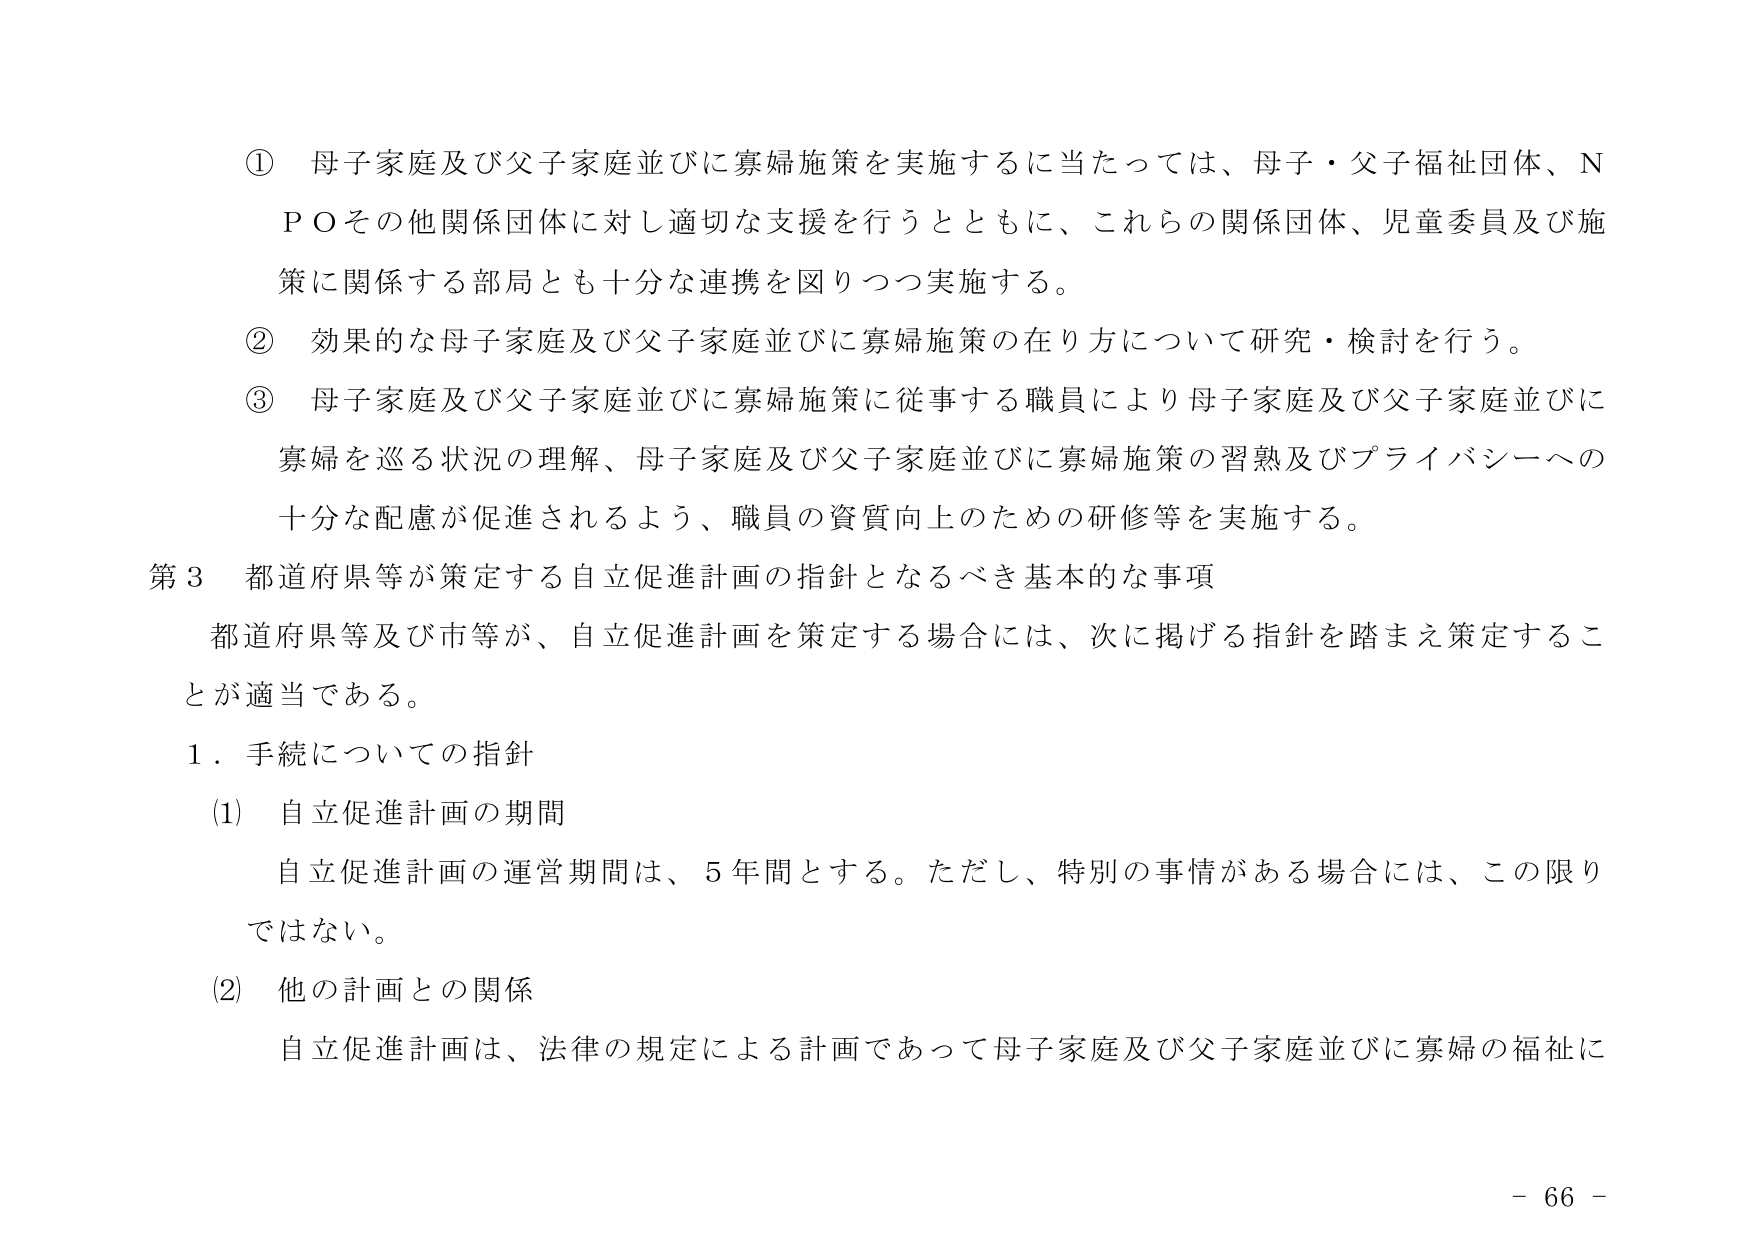
① 母子家庭及び父子家庭並びに寡婦施策を実施するに当たっては、母子・父子福祉団体、ＮＰＯその他関係団体に対し適切な支援を行うとともに、これらの関係団体、児童委員及び施策に関係する部局とも十分な連携を図りつつ実施する。

② 効果的な母子家庭及び父子家庭並びに寡婦施策の在り方について研究・検討を行う。

③ 母子家庭及び父子家庭並びに寡婦施策に従事する職員により母子家庭及び父子家庭並びに寡婦を巡る状況の理解、母子家庭及び父子家庭並びに寡婦施策の習熟及びプライバシーへの十分な配慮が促進されるよう、職員の資質向上のための研修等を実施する。

第3 都道府県等が策定する自立促進計画の指針となるべき基本的な事項

都道府県等及び市等が、自立促進計画を策定する場合には、次に掲げる指針を踏まえ策定することが適当である。

1．手続についての指針

(1) 自立促進計画の期間

自立促進計画の運営期間は、5年間とする。ただし、特別の事情がある場合には、この限りではない。

(2) 他の計画との関係

自立促進計画は、法律の規定による計画であって母子家庭及び父子家庭並びに寡婦の福祉に

- 66 -